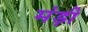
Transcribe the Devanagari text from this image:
मंड़ी